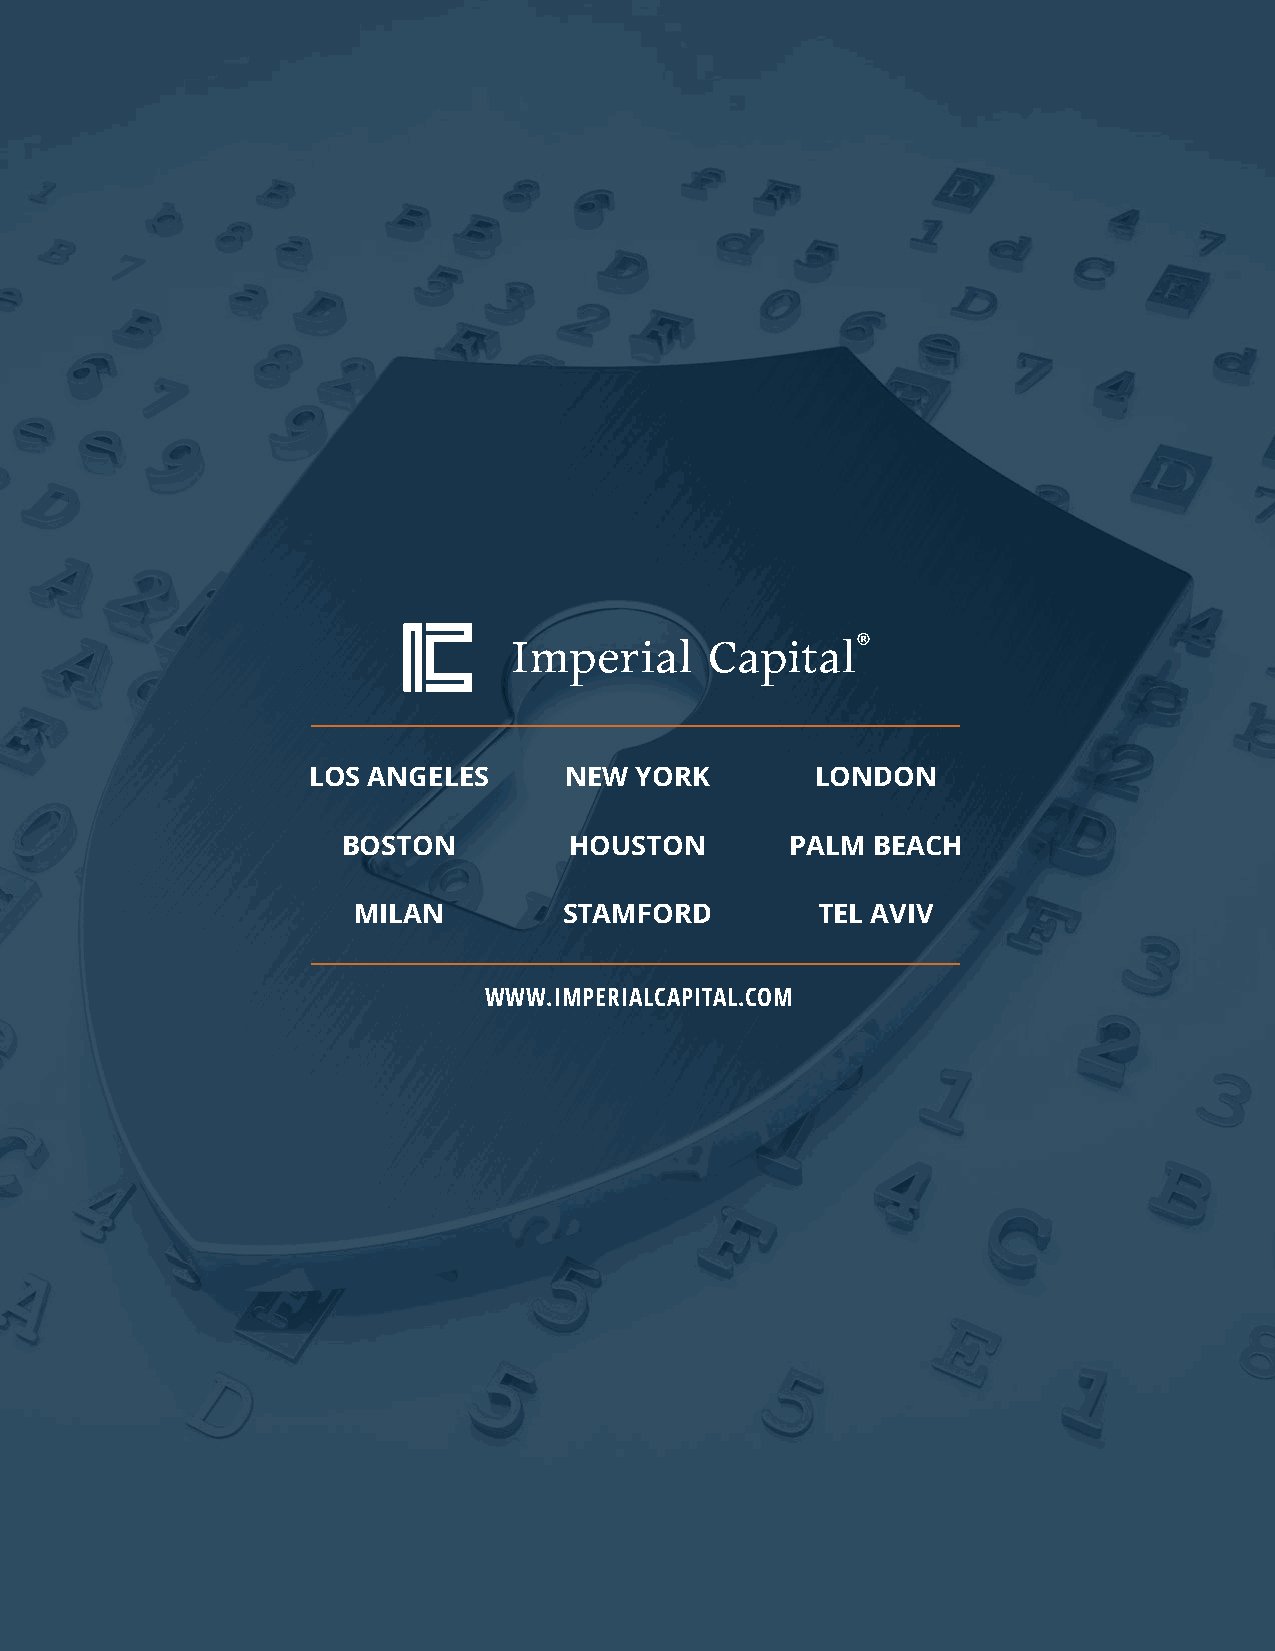
LOS ANGELES      NEW  YORK        LONDON
 BOSTON         HOUSTON       PALM  BEACH
 MILAN         STAMFORD         TEL AVIV
 WWW.IMPERIALCAPITAL.COM